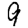
Digit: 9